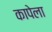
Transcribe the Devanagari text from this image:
कापेला